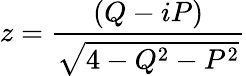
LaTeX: z=\frac{(Q-iP)}{\sqrt{4-Q^{2}-P^{2}}}